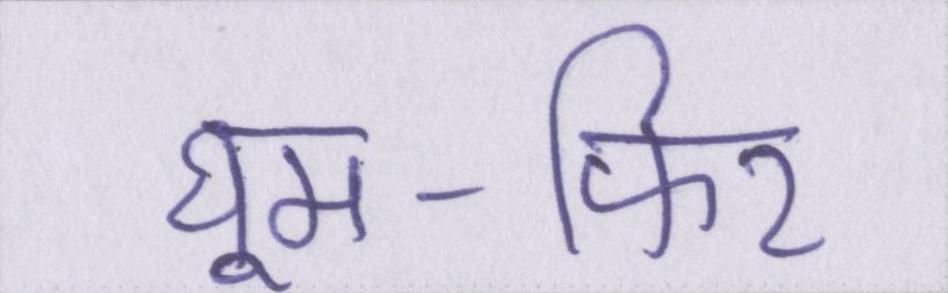
घूम-फिर